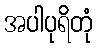
အပါပုရိတုံ